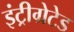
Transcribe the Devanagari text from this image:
इंट्रीग्रेटेड